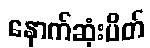
နောက်ဆုံးပိတ်